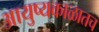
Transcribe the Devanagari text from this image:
आयुष्यकाळातच